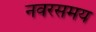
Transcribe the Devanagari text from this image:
नवरसमय